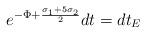
LaTeX: \begin{align*} e^{-\Phi+\frac{ \sigma _1 + 5 \sigma _2}{2}}dt = dt_E\end{align*}